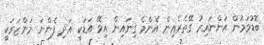
ބޮޑުވަމުން އަންނައިރު ގޭތެރެއިން އެންމެ ގިނައިން އިވޭ އަޑަކީ އަދި ފެންނަ މަންޒަރަކީ